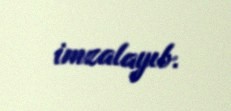
imzalayıb.